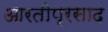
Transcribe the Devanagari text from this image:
आरतीप्रसाद